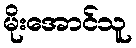
မိုးအောင်သူ